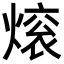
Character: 𬊼